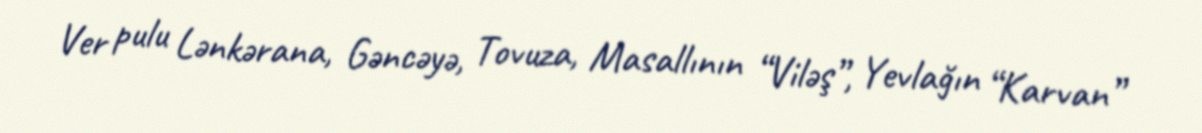
Ver pulu Lənkərana, Gəncəyə, Tovuza, Masallının “Viləş”, Yevlağın “Karvan”